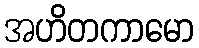
အဟိတကာမော